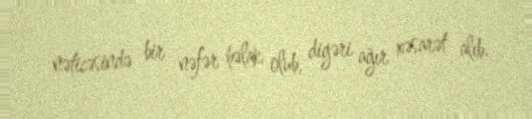
nəticəsində bir nəfər həlak olub, digəri ağır xəsarət alıb.